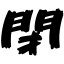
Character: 閉